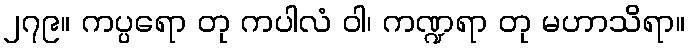
၂၇၉။ ကပ္ပရော တု ကပါလံ ဝါ၊ ကဏ္ဍရာ တု မဟာသိရာ။